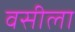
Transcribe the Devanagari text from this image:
वसीला